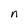
Character: n